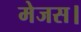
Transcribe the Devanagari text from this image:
मेजस।